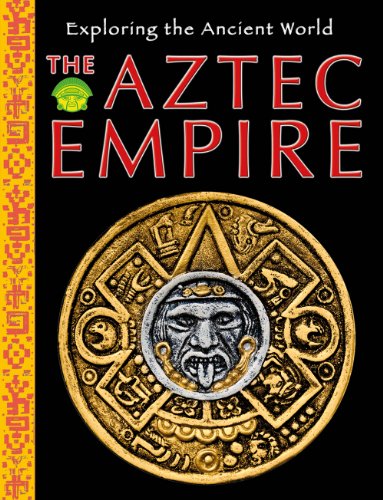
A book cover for The Aztec Empire (Exploring the Ancient World); Robert Hull; Children's Books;